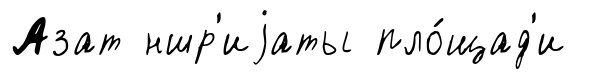
Азат ншр'иjаты пло́щад'и